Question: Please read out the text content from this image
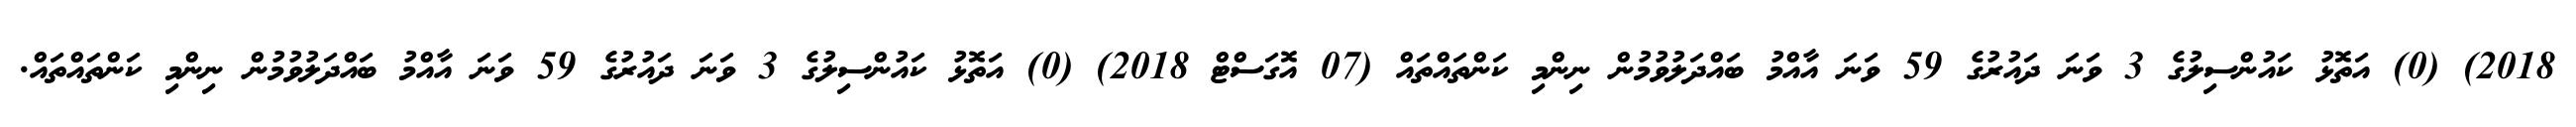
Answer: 2018) (0) އަތޮޅު ކައުންސިލުގެ 3 ވަނަ ދައުރުގެ 59 ވަނަ އާއްމު ބައްދަލުވުމުން ނިންމި ކަންތައްތައް (07 އޮގަސްޓް 2018) (0) އަތޮޅު ކައުންސިލުގެ 3 ވަނަ ދައުރުގެ 59 ވަނަ އާއްމު ބައްދަލުވުމުން ނިންމި ކަންތައްތައް.